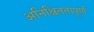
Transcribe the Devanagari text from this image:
अनिश्चिततापूर्ण